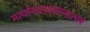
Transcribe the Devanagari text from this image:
मर्त्यानामवमानात्परं